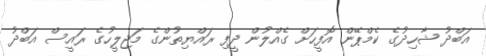
އަބްދު ޝާހިދުގެ ކެމްޕޭން އޮފީހަށް ގެއްލުން ދީފި ރައްޔިތުންގެ މަޖިލީހުގެ ރައީސް އަބްދު